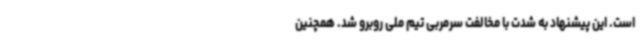
است. این پیشنهاد به شدت با مخالفت سرمربی تیم ملی روبرو شد. همچنین